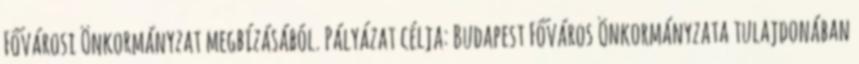
Fővárosi Önkormányzat megbízásából. Pályázat célja: Budapest Főváros Önkormányzata tulajdonában